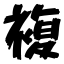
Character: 複